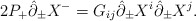
\begin{align*}2P_{+}\hat{\partial}_{\pm}X^{-}=G_{ij}\hat{\partial}_{\pm }X^{i} \hat{\partial}_{\pm }X^{j} .\end{align*}